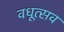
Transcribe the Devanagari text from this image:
वधूत्सव